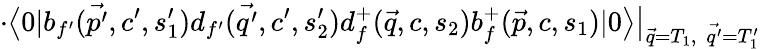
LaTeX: \cdot\big<0|b_{f^{\prime}}(\vec{p^{\prime}},c^{\prime},s_{1}^{\prime})d_{f^{\prime}}(\vec{q^{\prime}},c^{\prime},s_{2}^{\prime})d_{f}^{+}(\vec{q},c,s_{2})b_{f}^{+}(\vec{p},c,s_{1})|0\big>\big|_{\vec{q}=T_{1},\ \ \vec{q^{\prime}}=T_{1}^{\prime}}